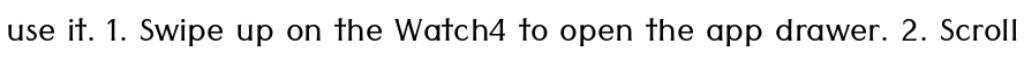
use it. 1. Swipe up on the Watch4 to open the app drawer. 2. Scroll